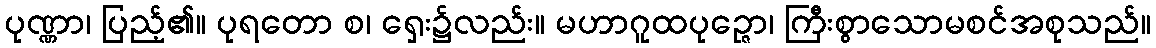
ပုဏ္ဏာ၊ ပြည့်၏။ ပုရတော စ၊ ရှေး၌လည်း။ မဟာဂူထပုဉ္ဇော၊ ကြီးစွာသောမစင်အစုသည်။